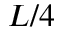
L / 4